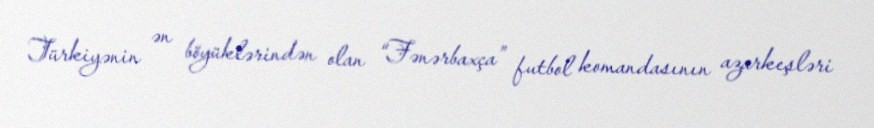
Türkiyənin ən böyüklərindən olan “Fənərbaxça” futbol komandasının azarkeşləri